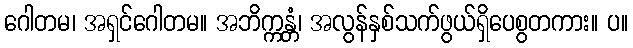
ဂေါတမ၊ အရှင်ဂေါတမ။ အဘိက္ကန္တံ၊ အလွန်နှစ်သက်ဖွယ်ရှိပေစွတကား။ ပ။